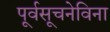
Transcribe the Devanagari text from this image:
पूर्वसूचनेविना